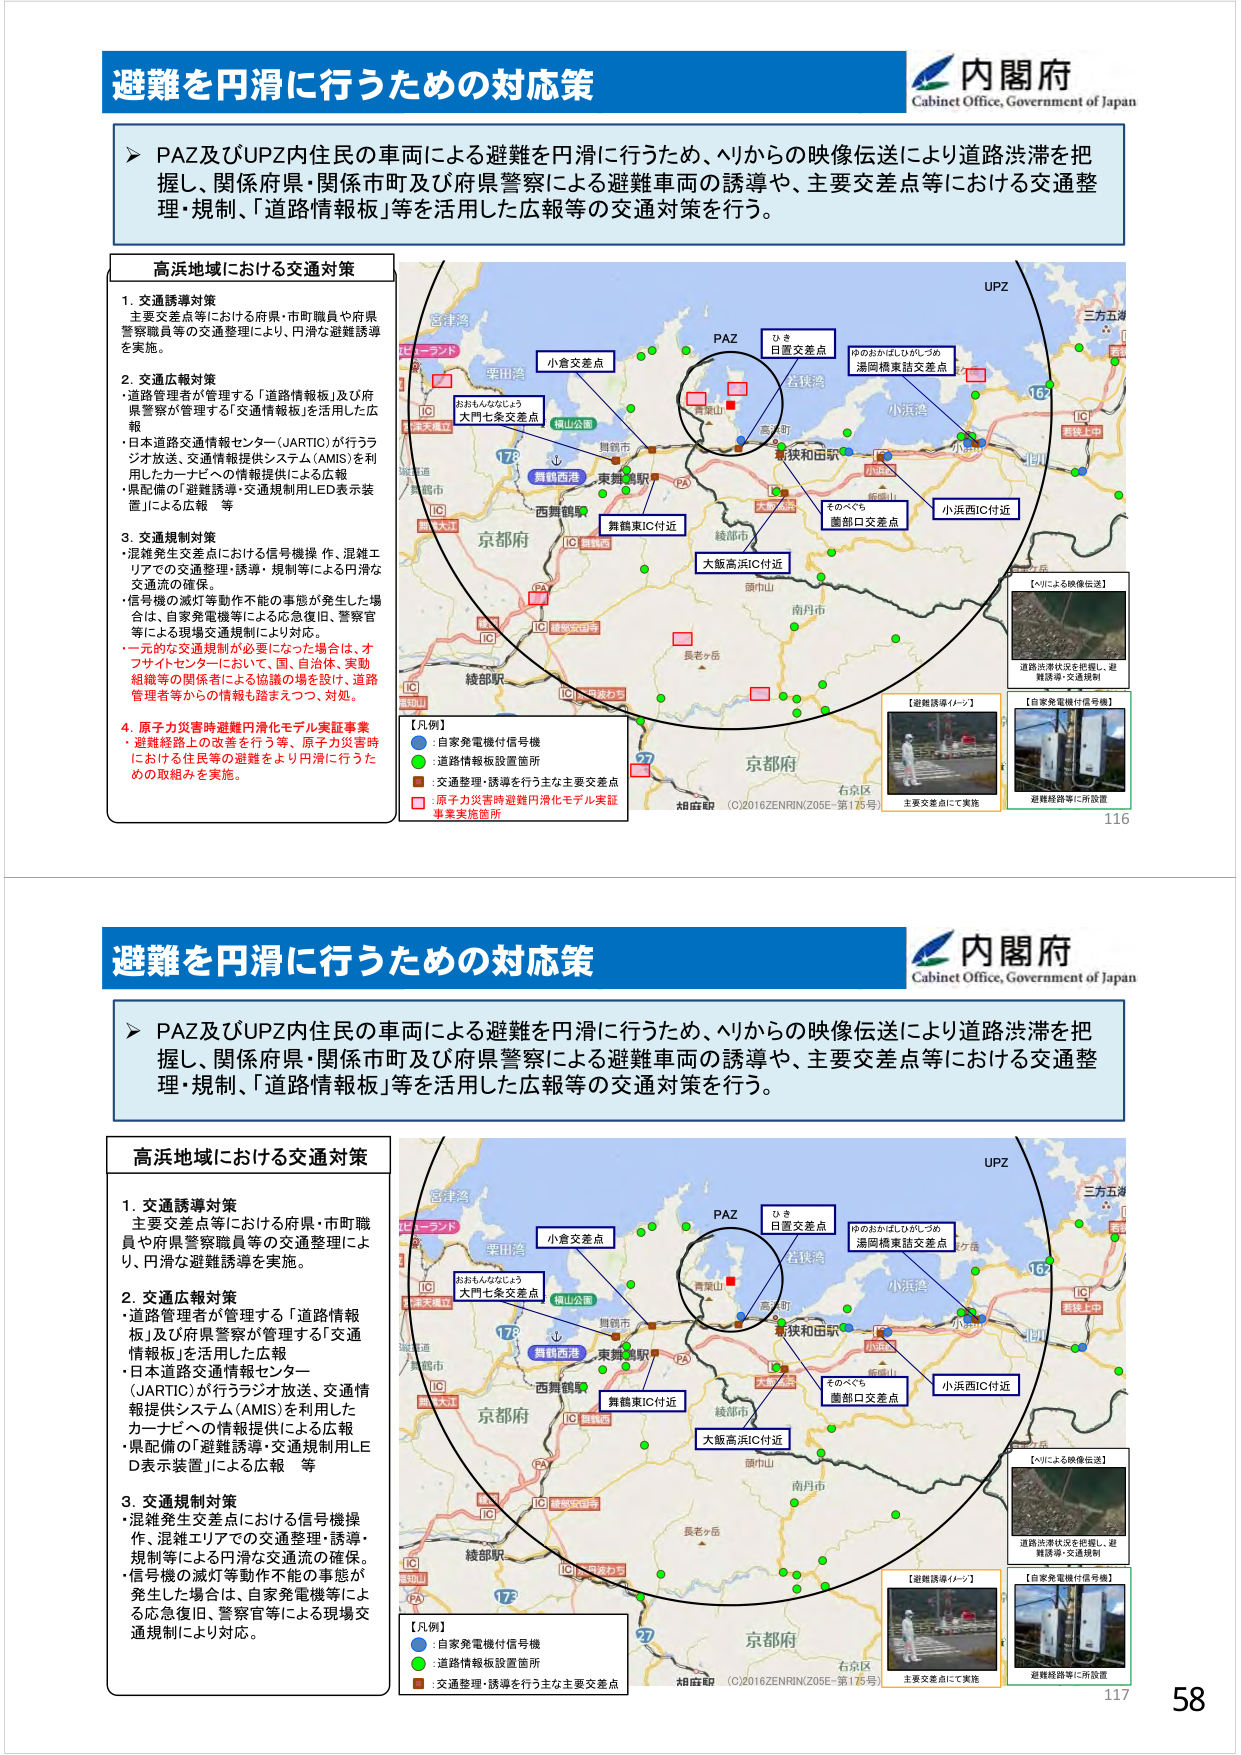
避難を円滑に行うための対応策
内閣府
Cabinet Office, Government of Japan
➤ PAZ及びUPZ内住民の車両による避難を円滑に行うため、ヘリからの映像伝送により道路渋滞を把握し、関係府県・関係市町及び府県警察による避難車両の誘導や、主要交差点等における交通整理・規制、「道路情報板」等を活用した広報等の交通対策を行う。
高浜地域における交通対策
1. 交通誘導対策
主要交差点等における府県・市町職員や府県警察職員等の交通整理により、円滑な避難誘導を実施。
2. 交通広報対策
・道路管理者が管理する「道路情報板」及び府県警察が管理する「交通情報板」を活用した広報
・日本道路交通情報センター（JARTIC）が行うラジオ放送、交通情報提供システム（AMIS）を利用したカーナビへの情報提供による広報
・県配備の「避難誘導・交通規制用LED表示装置」による広報 等
3. 交通規制対策
・混雑発生交差点における信号機操作、混雑エリアでの交通整理・誘導・規制等による円滑な交通流の確保。
・信号機の滅灯等動作不能の事態が発生した場合は、自家発電機等による応急復旧、警察官等による現場交通規制により対応。
・一元的な交通規制が必要になった場合は、オフサイトセンターにおいて、国、自治体、実動組織等の関係者による協議の場を設け、道路管理者等からの情報も踏まえつつ、対処。
4. 原子力災害時避難円滑化モデル実証事業
・避難経路上の改善を行う等、原子力災害時における住民等の避難をより円滑に行うための取組みを実施。
【凡例】
● : 自家発電機付信号機
● : 道路情報板設置箇所
● : 交通整理・誘導を行う主な主要交差点
● : 原子力災害時避難円滑化モデル実証事業実施箇所
PAZ
UPZ
小倉交差点
ひき
日置交差点
伊のおかはしひがしざわ
湯岡橋東詰交差点
小浜西IC付近
そのべち
園部口交差点
大阪高浜IC付近
舞鶴東IC付近
おおもんななじょう
大門七条交差点
舞鶴西浜
東舞鶴駅
西舞鶴駅
宮津湾
粟田湾
舞鶴山
舞鶴市
綾部市
頭巾山
南丹市
長老ヶ岳
胡座駅
京都府
綾部駅
石京区
京都市
【ヘリによる映像伝送】
道路渋滞状況を把握し、避難誘導・交通規制
【避難誘導イメージ】
主要交差点にて実施
【自家発電機付信号機】
避難経路等に所設置
(C)2016 ZENRIN Z05E-第175号
116
避難を円滑に行うための対応策
内閣府
Cabinet Office, Government of Japan
➤ PAZ及びUPZ内住民の車両による避難を円滑に行うため、ヘリからの映像伝送により道路渋滞を把握し、関係府県・関係市町及び府県警察による避難車両の誘導や、主要交差点等における交通整理・規制、「道路情報板」等を活用した広報等の交通対策を行う。
高浜地域における交通対策
1. 交通誘導対策
主要交差点等における府県・市町職員や府県警察職員等の交通整理により、円滑な避難誘導を実施。
2. 交通広報対策
・道路管理者が管理する「道路情報板」及び府県警察が管理する「交通情報板」を活用した広報
・日本道路交通情報センター（JARTIC）が行うラジオ放送、交通情報提供システム（AMIS）を利用したカーナビへの情報提供による広報
・県配備の「避難誘導・交通規制用LED表示装置」による広報 等
3. 交通規制対策
・混雑発生交差点における信号機操作、混雑エリアでの交通整理・誘導・規制等による円滑な交通流の確保。
・信号機の滅灯等動作不能の事態が発生した場合は、自家発電機等による応急復旧、警察官等による現場交通規制により対応。
PAZ
UPZ
小倉交差点
ひき
日置交差点
伊のおかはしひがしざわ
湯岡橋東詰交差点
小浜西IC付近
そのべち
園部口交差点
大阪高浜IC付近
舞鶴東IC付近
おおもんななじょう
大門七条交差点
舞鶴西浜
東舞鶴駅
西舞鶴駅
宮津湾
粟田湾
舞鶴山
舞鶴市
綾部市
頭巾山
南丹市
長老ヶ岳
胡座駅
京都府
綾部駅
石京区
京都市
【凡例】
● : 自家発電機付信号機
● : 道路情報板設置箇所
● : 交通整理・誘導を行う主な主要交差点
【ヘリによる映像伝送】
道路渋滞状況を把握し、避難誘導・交通規制
【避難誘導イメージ】
主要交差点にて実施
【自家発電機付信号機】
避難経路等に所設置
(C)2016 ZENRIN Z05E-第175号
117
58